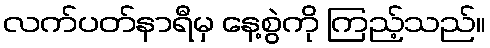
လက်ပတ်နာရီမှ နေ့စွဲကို ကြည့်သည်။